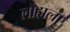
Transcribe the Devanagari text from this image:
लोहाला